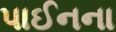
પાઈનના